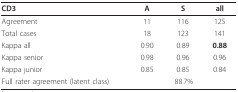
| CD3 | A | S | all |
 | --- | --- | --- | --- |
 | Agreement | 11 | 116 | 125 |
 | Total cases | 18 | 123 | 141 |
 | Kappa all | 0.90 | 0.89 | 0.88 |
 | Kappa senior | 0.98 | 0.96 | 0.96 |
 | Kappa junior | 0.85 | 0.85 | 0.84 |
 | Full rater agreement (latent class) | <COLSPAN=3> 88.7% |